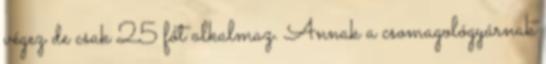
végez de csak 25 főt alkalmaz. Annak a csomagológyárnak